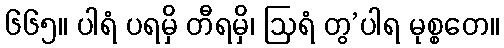
၆၆၅။ ပါရံ ပရမှိ တီရမှိ၊ ဩရံ တွ’ပါရ မုစ္စတေ။